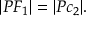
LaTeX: | P F _ { 1 } | = | P c _ { 2 } | .